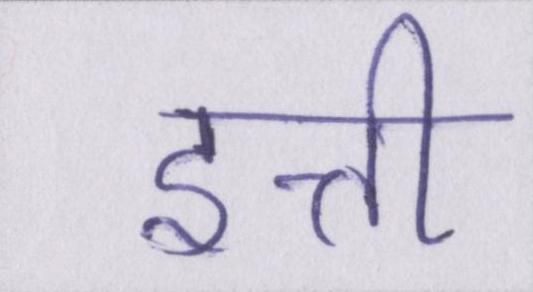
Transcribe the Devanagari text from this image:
इत्ती